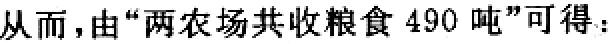
从而，由“两农场共收粮食 490 吨”可得：